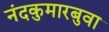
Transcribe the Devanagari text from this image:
नंदकुमारबुवा